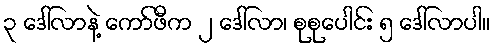
၃ ဒေါ်လာနဲ့ ကော်ဖီက ၂ ဒေါ်လာ၊ စုစုပေါင်း ၅ ဒေါ်လာပါ။